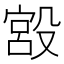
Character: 𣪯